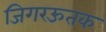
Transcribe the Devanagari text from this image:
जिगरऊतक